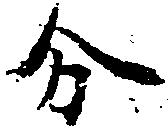
分